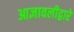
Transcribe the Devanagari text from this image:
आज्ञावलीद्वारे